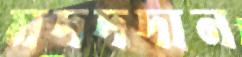
মদদদান